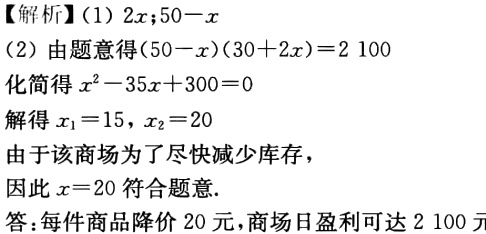
【解析】

(1) \(2x;50 - x\)

(2) 由题意得\((50 - x)(30 + 2x)=2100\)

化简得\(x^{2}-35x + 300 = 0\)

解得\(x_{1}=15\)，\(x_{2}=20\)

由于该商场为了尽快减少库存，

因此\(x = 20\)符合题意.

答：每件商品降价\(20\)元，商场日盈利可达\(2100\)元